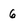
Character: 6